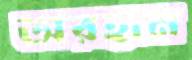
অরহান